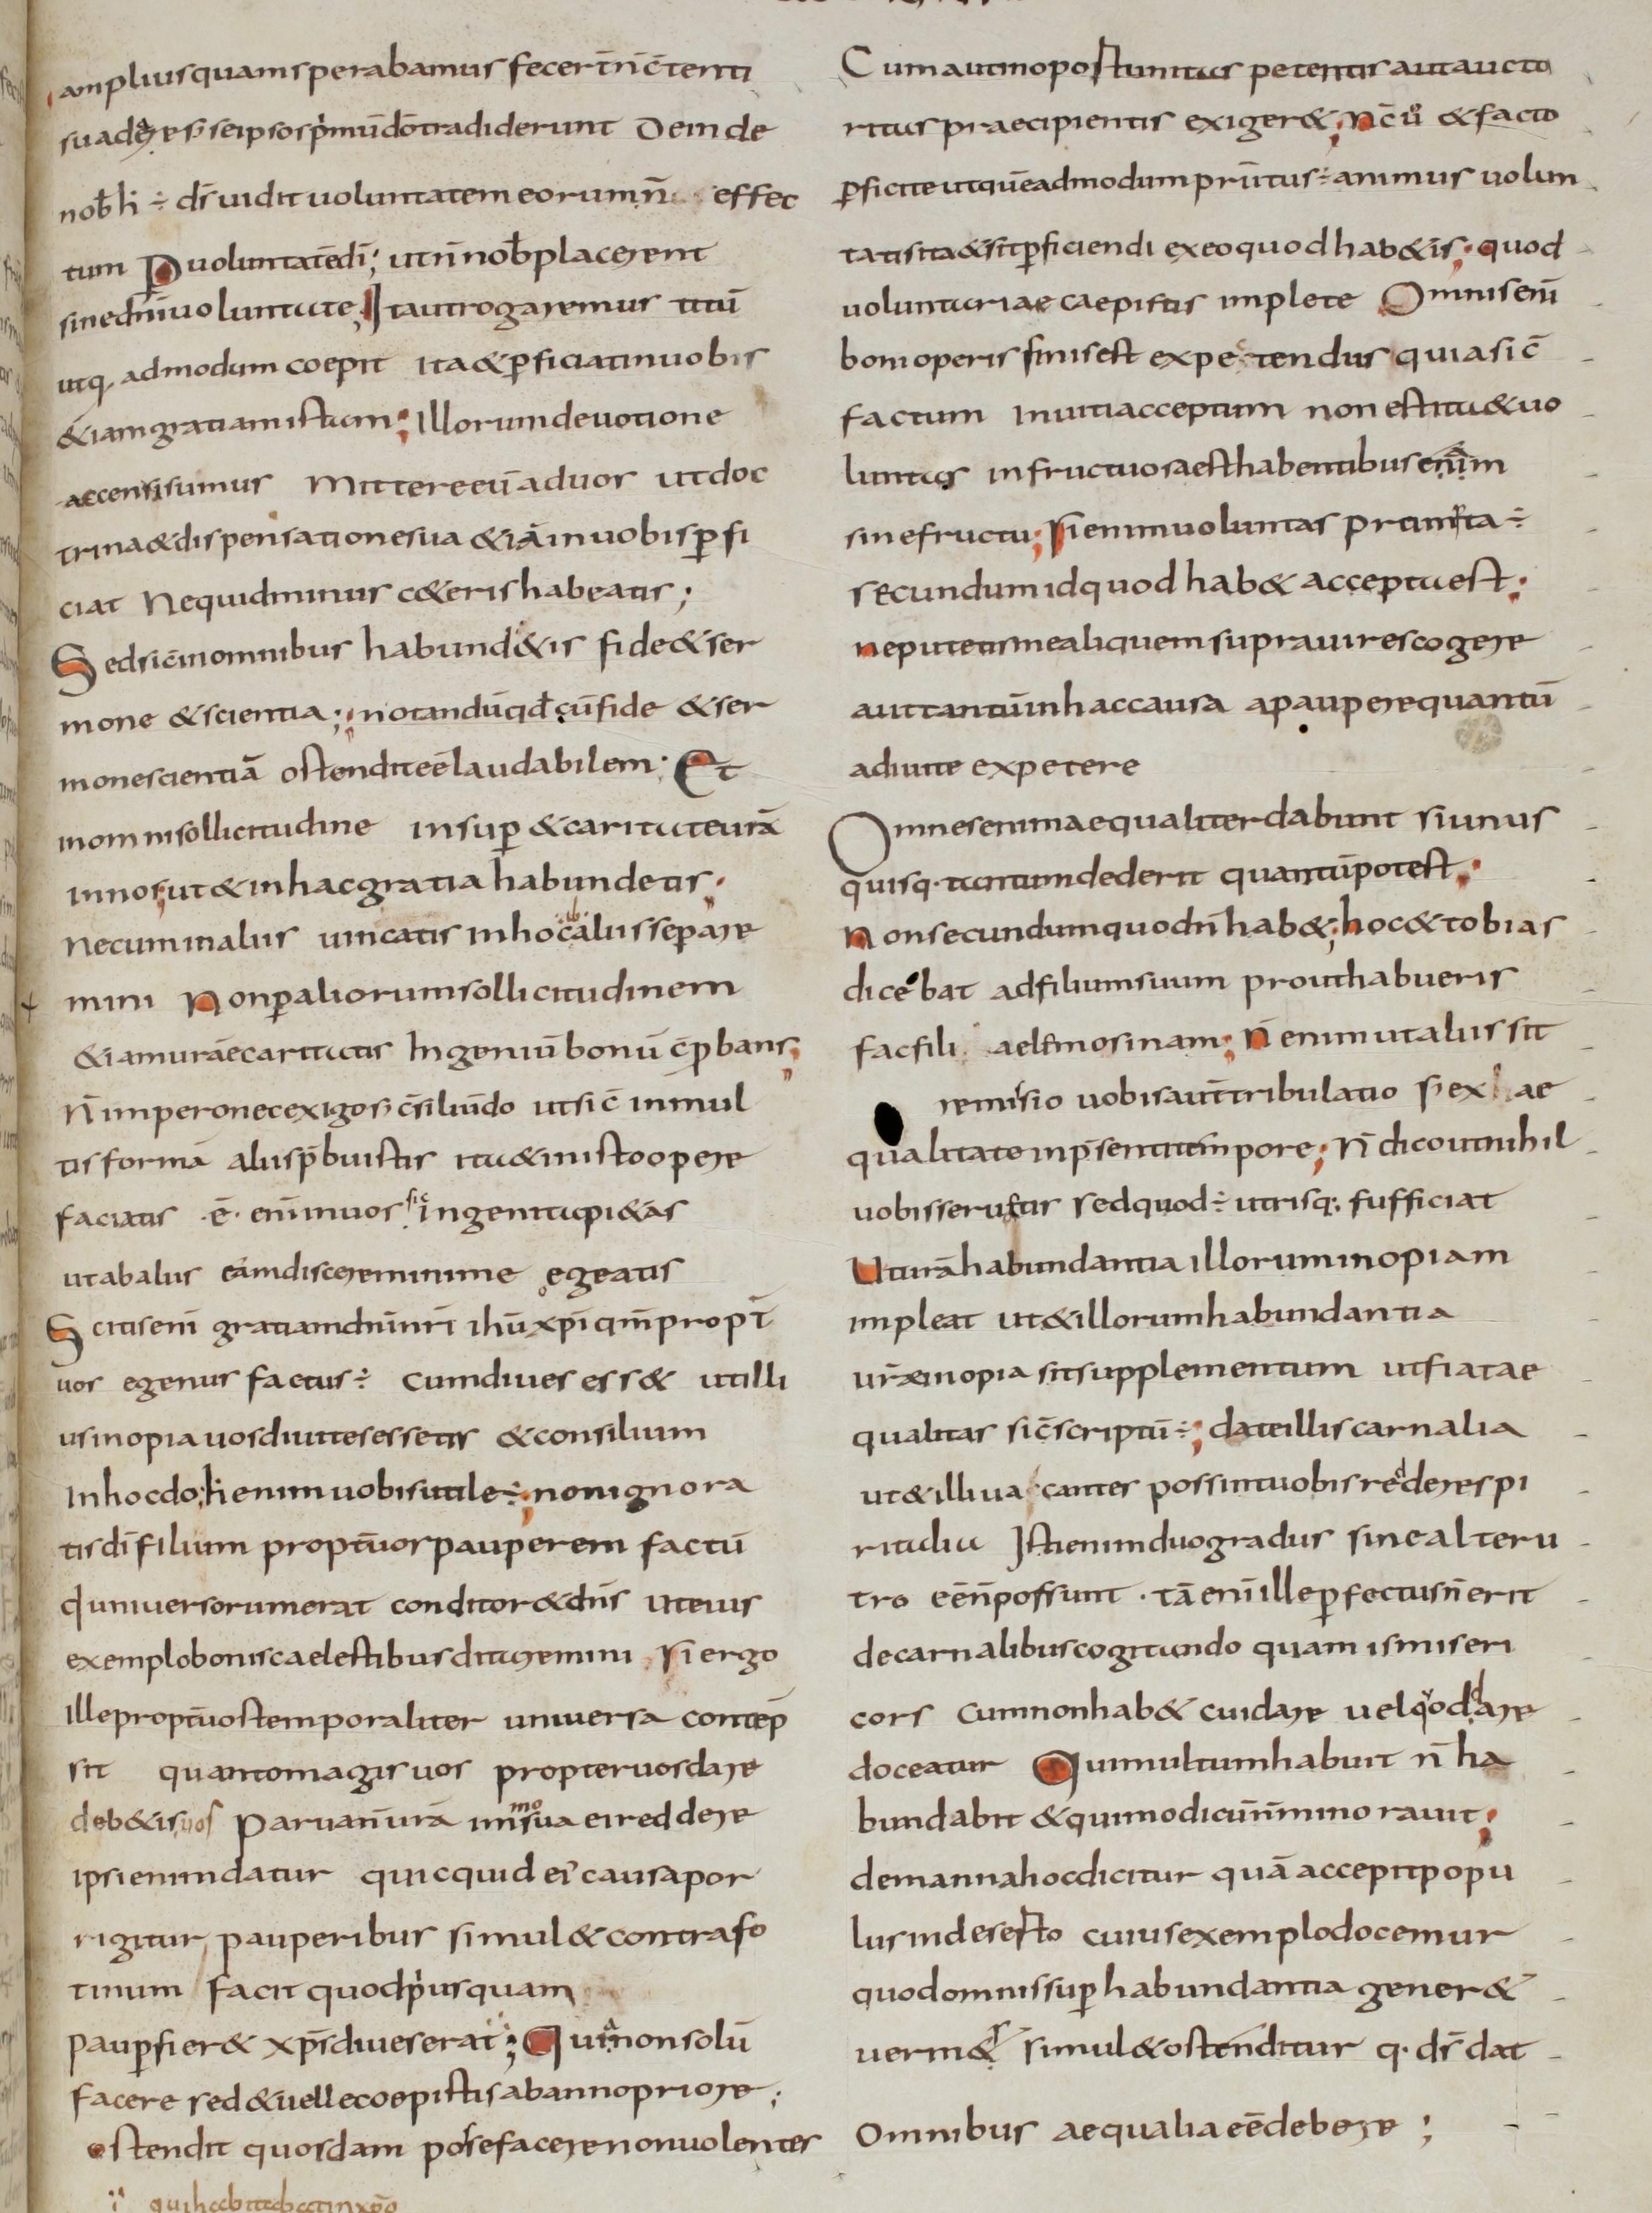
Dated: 800–830